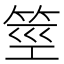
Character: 𰩼